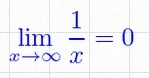
\lim_{x\to\infty}\frac{1}{x}=0